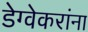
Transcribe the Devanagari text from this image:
डेग्वेकरांना